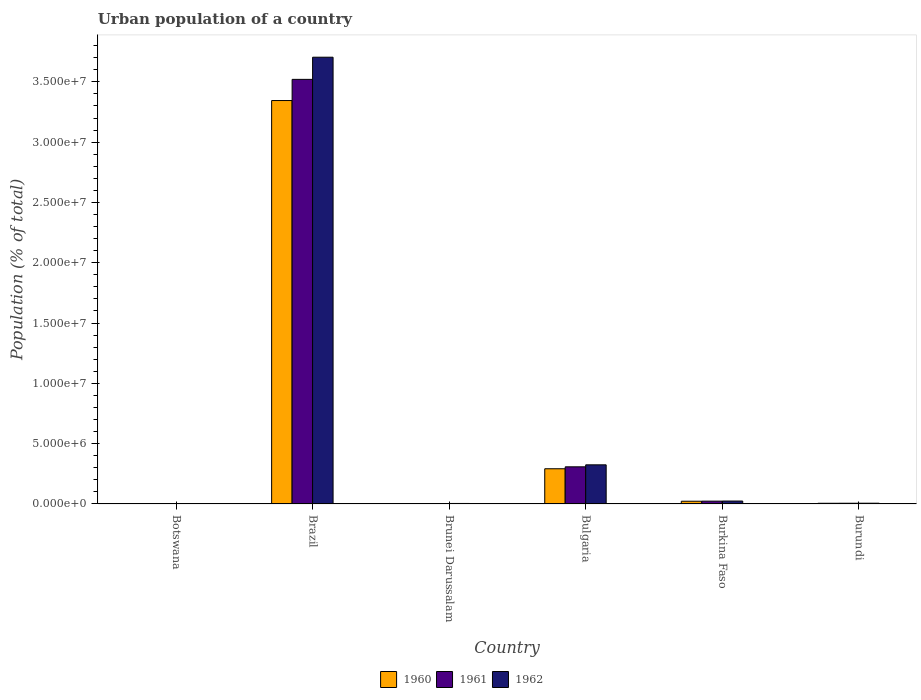
| Country | 1960 | 1961 | 1962 |
 | --- | --- | --- | --- |
 | Botswana | 1.6e+04 | 1.66e+04 | 1.72e+04 |
 | Brazil | 3.34e+07 | 3.52e+07 | 3.7e+07 |
 | Brunei Darussalam | 3.55e+04 | 3.88e+04 | 4.22e+04 |
 | Bulgaria | 2.92e+06 | 3.08e+06 | 3.24e+06 |
 | Burkina Faso | 2.27e+05 | 2.35e+05 | 2.43e+05 |
 | Burundi | 5.79e+04 | 6.01e+04 | 6.23e+04 |